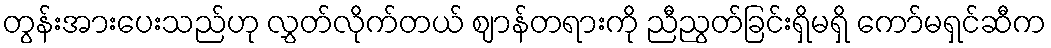
တွန်းအားပေးသည်ဟု လွှတ်လိုက်တယ် ဈာန်တရားကို ညီညွတ်ခြင်းရှိမရှိ ကော်မရှင်ဆီက